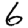
Digit: 6